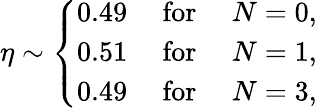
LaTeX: \eta\sim\left\{ \begin{array}{ccc}{{0.49}}&{{\mathrm{~for~}}}&{{N=0,}}\\ {{0.51}}&{{\mathrm{~for~}}}&{{N=1,}}\\ {{0.49}}&{{\mathrm{~for~}}}&{{N=3,}}\end{array}\right.